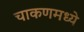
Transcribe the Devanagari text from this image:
चाकणमध्ये